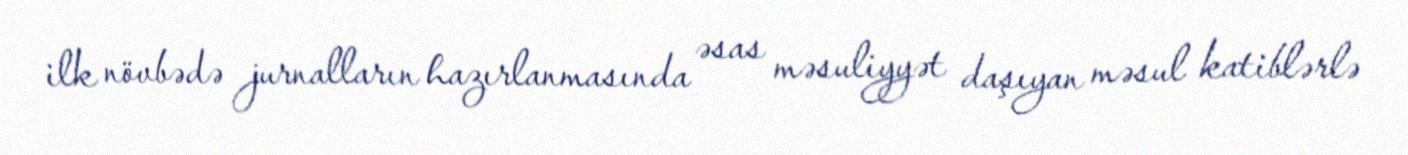
ilk növbədə jurnalların hazırlanmasında əsas məsuliyyət daşıyan məsul katiblərlə